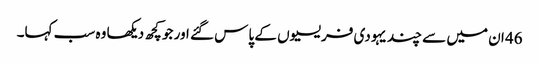
46 ان میں سے چند یہودی فریسیوں کے پاس گئے اور جو کچھ دیکھا وہ سب کہا۔